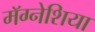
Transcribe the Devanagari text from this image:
मॅग्नेशिया